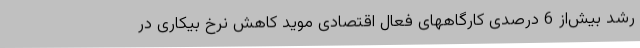
رشد بیش‌از 6 درصدی کارگاههای فعال اقتصادی موید کاهش نرخ بیکاری در